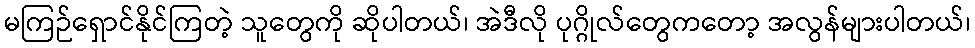
မကြဉ်ရှောင်နိုင်ကြတဲ့ သူတွေကို ဆိုပါတယ်၊ အဲဒီလို ပုဂ္ဂိုလ်တွေကတော့ အလွန်များပါတယ်၊